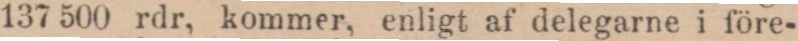
137 500 rdr, kommer, enligt af delegarne i före-